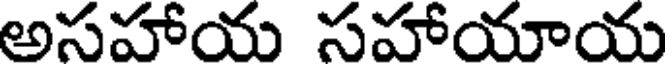
అసహాయ సహాయాయ